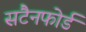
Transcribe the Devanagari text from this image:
सटैनफोर्ड